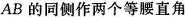
AB的同侧作两个等腰直角